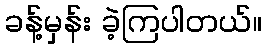
ခန့်မှန်း ခဲ့ကြပါတယ်။